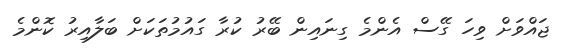
ޖައްވަށް ވިހަ ގޭސް އެންމެ ގިނައިން ބޭރު ކުރާ ގައުމުތަކަށް ބަލާއިރު ކޮންމެ